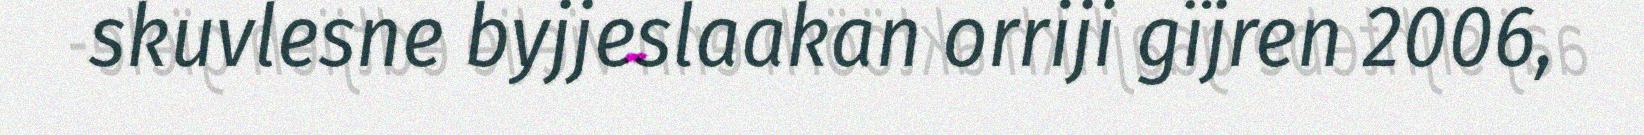
skuvlesne byjjeslaakan orriji gïjren 2006,